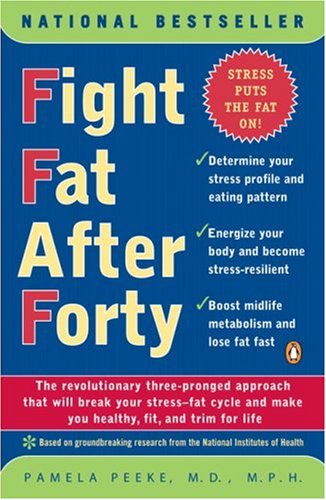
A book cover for Fight Fat After Forty: The Revolutionary Three-Pronged Approach That Will Break Your Stress-Fat Cycle and Make You Healthy, Fit, and Trim for Life; Pamela Peeke; Self-Help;